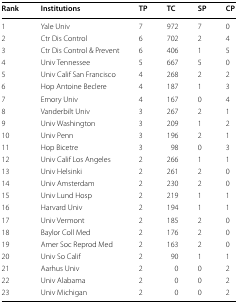
<table><thead><tr><td><b>Rank</b></td><td><b>Institutions</b></td><td><b>TP</b></td><td><b>TC</b></td><td><b>SP</b></td><td><b>CP</b></td></tr></thead><tbody><tr><td>1</td><td>Yale Univ</td><td>7</td><td>972</td><td>7</td><td>0</td></tr><tr><td>2</td><td>Ctr Dis Control</td><td>6</td><td>702</td><td>2</td><td>4</td></tr><tr><td>3</td><td>Ctr Dis Control &amp; Prevent</td><td>6</td><td>406</td><td>1</td><td>5</td></tr><tr><td>4</td><td>Univ Tennessee</td><td>5</td><td>667</td><td>5</td><td>0</td></tr><tr><td>5</td><td>Univ Calif San Francisco</td><td>4</td><td>268</td><td>2</td><td>2</td></tr><tr><td>6</td><td>Hop Antoine Beclere</td><td>4</td><td>187</td><td>1</td><td>3</td></tr><tr><td>7</td><td>Emory Univ</td><td>4</td><td>167</td><td>0</td><td>4</td></tr><tr><td>8</td><td>Vanderbilt Univ</td><td>3</td><td>267</td><td>2</td><td>1</td></tr><tr><td>9</td><td>Univ Washington</td><td>3</td><td>209</td><td>1</td><td>2</td></tr><tr><td>10</td><td>Univ Penn</td><td>3</td><td>196</td><td>2</td><td>1</td></tr><tr><td>11</td><td>Hop Bicetre</td><td>3</td><td>98</td><td>0</td><td>3</td></tr><tr><td>12</td><td>Univ Calif Los Angeles</td><td>2</td><td>266</td><td>1</td><td>1</td></tr><tr><td>13</td><td>Univ Helsinki</td><td>2</td><td>261</td><td>2</td><td>0</td></tr><tr><td>14</td><td>Univ Amsterdam</td><td>2</td><td>230</td><td>2</td><td>0</td></tr><tr><td>15</td><td>Univ Lund Hosp</td><td>2</td><td>219</td><td>1</td><td>1</td></tr><tr><td>16</td><td>Harvard Univ</td><td>2</td><td>194</td><td>1</td><td>1</td></tr><tr><td>17</td><td>Univ Vermont</td><td>2</td><td>185</td><td>2</td><td>0</td></tr><tr><td>18</td><td>Baylor Coll Med</td><td>2</td><td>176</td><td>2</td><td>0</td></tr><tr><td>19</td><td>Amer Soc Reprod Med</td><td>2</td><td>163</td><td>2</td><td>0</td></tr><tr><td>20</td><td>Univ So Calif</td><td>2</td><td>90</td><td>1</td><td>1</td></tr><tr><td>21</td><td>Aarhus Univ</td><td>2</td><td>0</td><td>0</td><td>2</td></tr><tr><td>22</td><td>Univ Alabama</td><td>2</td><td>0</td><td>0</td><td>2</td></tr><tr><td>23</td><td>Univ Michigan</td><td>2</td><td>0</td><td>0</td><td>2</td></tr></tbody></table>